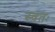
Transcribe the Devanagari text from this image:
स्वतः